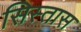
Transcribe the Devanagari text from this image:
सिस्तास